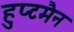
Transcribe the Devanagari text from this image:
हुप्टमैन